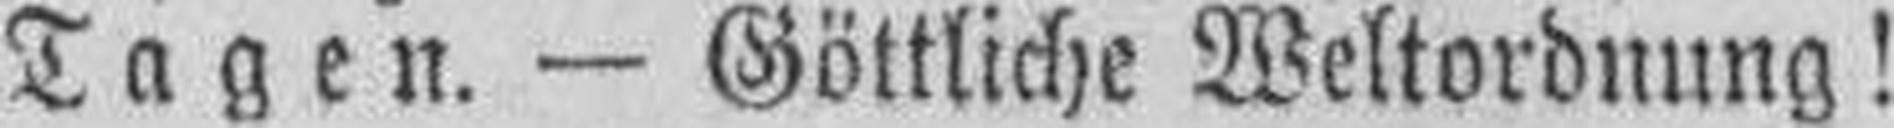
Tagen. — Göttliche Weltordnung!